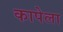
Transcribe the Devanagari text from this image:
कापेला